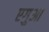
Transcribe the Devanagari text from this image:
एगुआ